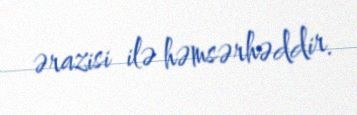
ərazisi ilə həmsərhəddir.